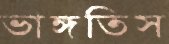
ভাঙ্গতিস